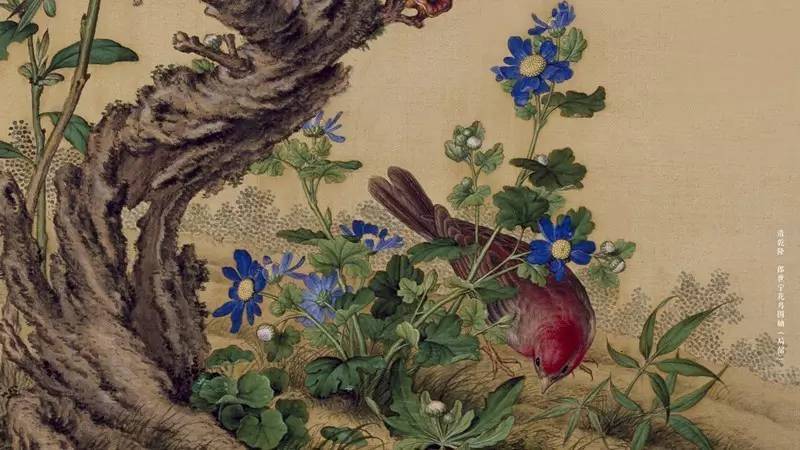
欹枕数秋天，蟾蜍下早弦。